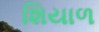
શિયાળ